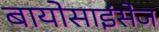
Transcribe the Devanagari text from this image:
बायोसाइंसेज